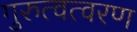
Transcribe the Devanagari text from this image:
गुरुत्वत्वरण